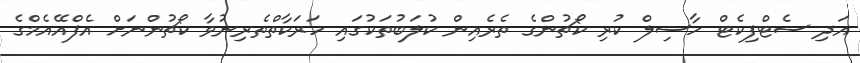
އަދި ސެޓްފިކެޓް ހާސިލް ކުރި ކޯޗުންގެ ތެރެއިން ކުލަބުތަކުގައި ހަރަކާތްތެރިނުވާ ކޯޗުންނަށް އެފްއޭއެމްގެ